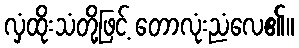
လှံထိုးသံတို့ဖြင့် တောလုံးညံလေ၏။